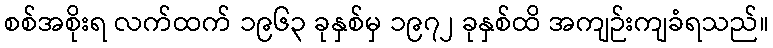
စစ်အစိုးရ လက်ထက် ၁၉၆၃ ခုနှစ်မှ ၁၉၇၂ ခုနှစ်ထိ အကျဉ်းကျခံရသည်။